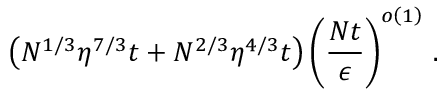
\left( N ^ { 1 / 3 } \eta ^ { 7 / 3 } t + N ^ { 2 / 3 } \eta ^ { 4 / 3 } t \right) \left( \frac { N t } { \epsilon } \right) ^ { o \left( 1 \right) } \, .